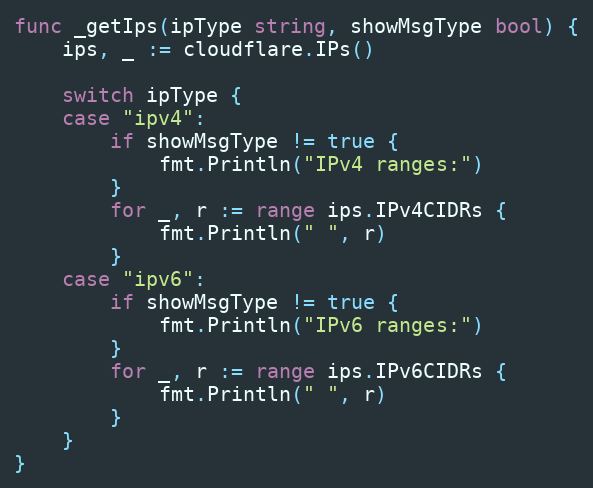
Language: Go
func _getIps(ipType string, showMsgType bool) {
	ips, _ := cloudflare.IPs()

	switch ipType {
	case "ipv4":
		if showMsgType != true {
			fmt.Println("IPv4 ranges:")
		}
		for _, r := range ips.IPv4CIDRs {
			fmt.Println(" ", r)
		}
	case "ipv6":
		if showMsgType != true {
			fmt.Println("IPv6 ranges:")
		}
		for _, r := range ips.IPv6CIDRs {
			fmt.Println(" ", r)
		}
	}
}